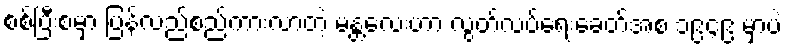
စစ်ပြီးစမှာ ပြန်လည်စည်ကားလာတဲ့ မန္တလေးဟာ လွတ်လပ်ရေးခေတ်အစ ၁၉၄၉ မှာပဲ